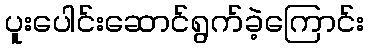
ပူးပေါင်းဆောင်ရွက်ခဲ့ကြောင်း